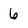
Character: 6